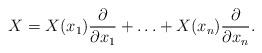
LaTeX: \begin{align*}X = X(x_{1}) \frac{\partial}{\partial x_{1}} + \hdots + X(x_{n}) \frac{\partial}{\partial x_{n}} .\end{align*}